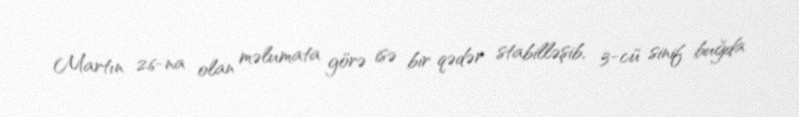
Martın 26-na olan məlumata görə isə bir qədər stabilləşib, 3-cü sinif buğda